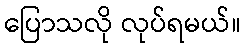
ပြောသလို လုပ်ရမယ်။